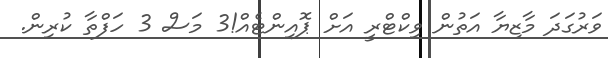
ވަރުގަދަ މާޒިޔާ އަތުން ވިކްޓްރީ އަށް ޕޮއިންޓެއް!3 މަސް 3 ހަފްތާ ކުރިން.